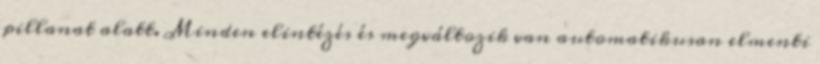
pillanat alatt. Minden elintézés és megváltozik van automatikusan elmenti